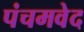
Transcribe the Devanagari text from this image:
पंचमवेद